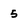
Character: 5